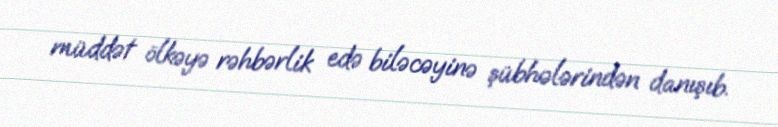
müddət ölkəyə rəhbərlik edə biləcəyinə şübhələrindən danışıb.